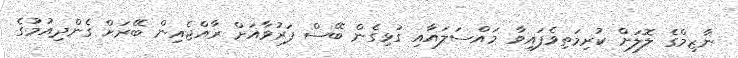
ނާޒިމްގެ ލޮލަށް ކުރިމަތިވެފައިވާ މައްސަލައާއި ގުޅިގެން ބޭސް ފަރުވާއަށް ރާއްޖެއިން ބޭރަށް ގެންދިއުމުގެ